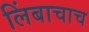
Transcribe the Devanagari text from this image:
लिंबाचाच